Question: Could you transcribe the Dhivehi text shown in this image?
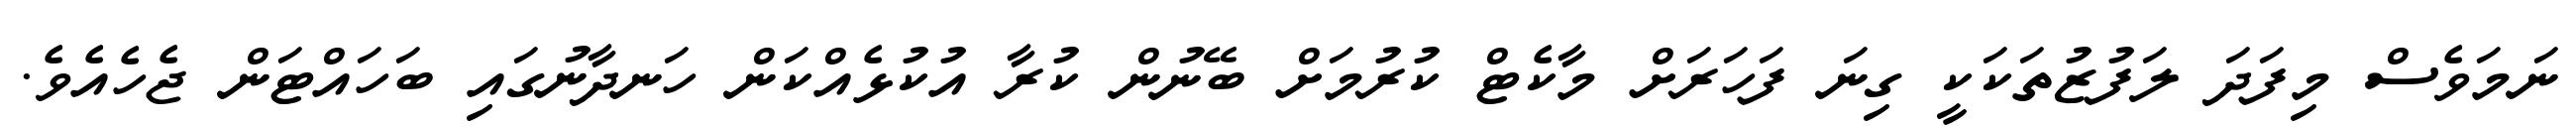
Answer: ނަމަވެސް މިފަދަ ލަފުޒުތަކަކީ ގިނަ ފަހަރަށް މާކެޓް ކުރުމަށް ބޭނުން ކުރާ އުކުޅެއްކަން ހަނދާނުގައި ބަހައްޓަން ޖެހެއެވެ.